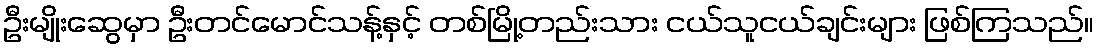
ဦးမျိုးဆွေမှာ ဦးတင်မောင်သန့်နှင့် တစ်မြို့တည်းသား ငယ်သူငယ်ချင်းများ ဖြစ်ကြသည်။